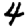
Digit: 4